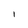
Character: I